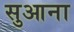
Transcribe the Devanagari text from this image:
सुआना